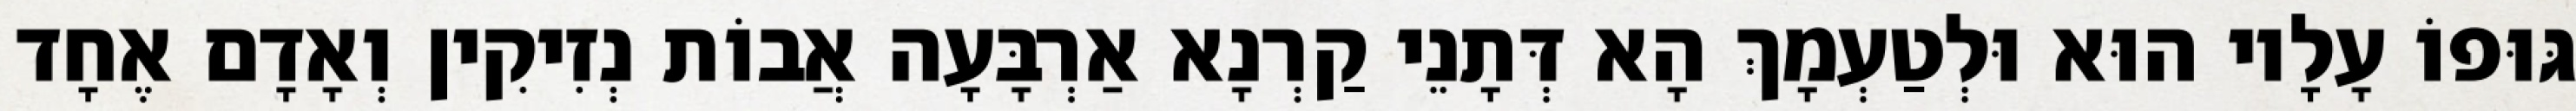
גּוּפוֹ עָלָיו הוּא וּלְטַעְמָךְ הָא דְּתָנֵי קַרְנָא אַרְבָּעָה אֲבוֹת נְזִיקִין וְאָדָם אֶחָד